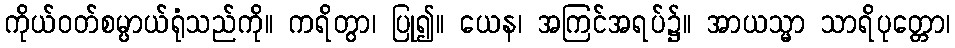
ကိုယ်ဝတ်စမ္ပာယ်ရုံသည်ကို။ ကရိတွာ၊ ပြု၍။ ယေန၊ အကြင်အရပ်၌။ အာယသ္မာ သာရိပုတ္တော၊